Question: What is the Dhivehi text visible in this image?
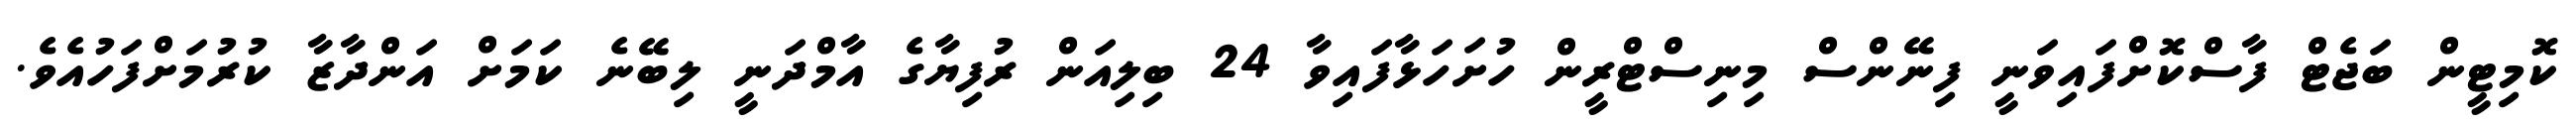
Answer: ކޮމިޓީން ބަޖެޓް ފާސްކޮށްފައިވަނީ ފިނޭންސް މިނިސްޓްރީން ހުށަހަޅާފައިވާ 24 ބިލިއަން ރުފިޔާގެ އާމްދަނީ ލިބޭނެ ކަމަށް އަންދާޒާ ކުރުމަށްފަހުއެވެ.